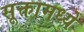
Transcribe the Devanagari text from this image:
सूक्तामध्ये